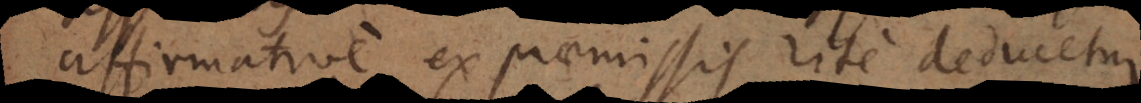
affirmative ex praemissis rite deducetur.